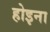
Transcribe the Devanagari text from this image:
होइना